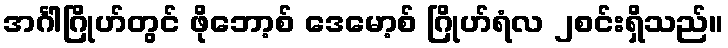
အင်္ဂါဂြိုဟ်တွင် ဖိုဘော့စ် ဒေမော့စ် ဂြိုဟ်ရံလ ၂စင်းရှိသည်။